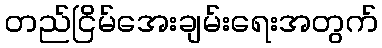
တည်ငြိမ်အေးချမ်းရေးအတွက်